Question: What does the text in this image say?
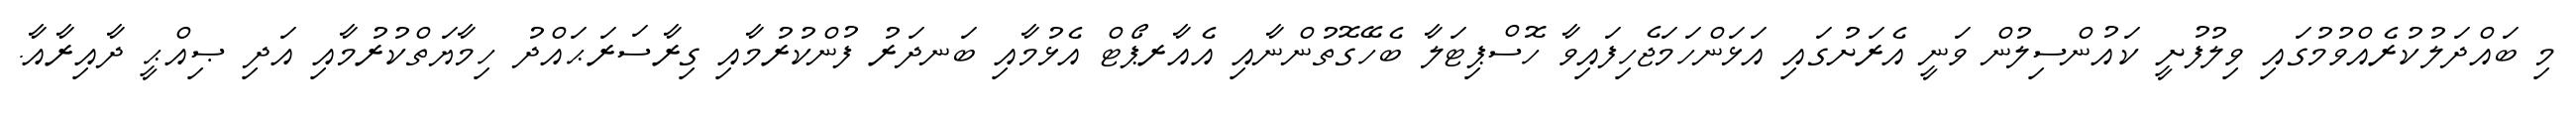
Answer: މި ބައްދަލުކުރެއްވުމުގައި ވިލުފުށީ ކައުންސިލުން ވަނީ އެރަށުގައި އަޅަންހަމަޖެހިފައިވާ ހޮސްޕިޓަލާ ބެހޭގޮތުންނާއި އެއާރޕޯޓް އެޅުމާއި ބަނދަރު ފުންކުރުމާއި ގިރާސަރަޙައްދު ހިމާޔަތްކުރުމާއި އަދި ޞިއްޙީ ދާއިރާއާ.